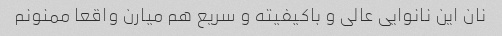
نان این نانوایی عالی و باکیفیته و سریع هم میارن واقعا ممنونم